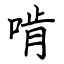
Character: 啃